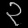
Digit: ၃